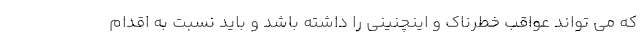
که می تواند عواقب خطرناک و اینچنینی را داشته باشد و باید نسبت به اقدام